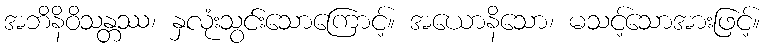
အဘိနိဝိသန္တဿ၊ နှလုံးသွင်းသောကြောင့်။ အယောနိသော၊ မသင့်သောအားဖြင့်။